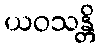
ယဝသန္တိ